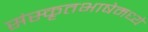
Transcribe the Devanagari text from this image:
संस्कृतभाषेमध्ये